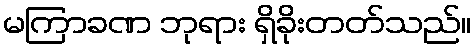
မကြာခဏ ဘုရား ရှိခိုးတတ်သည်။